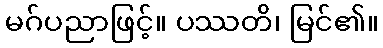
မဂ်ပညာဖြင့်။ ပဿတိ၊ မြင်၏။